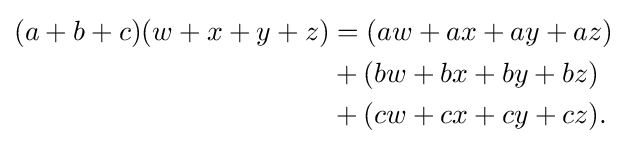
{\begin{aligned}(a+b+c)(w+x+y+z)&=(aw+ax+ay+az)\\&+(bw+bx+by+bz)\\&+(cw+cx+cy+cz).\end{aligned}}